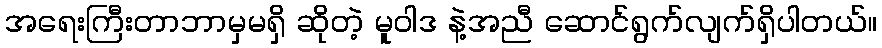
အရေးကြီးတာဘာမှမရှိ ဆိုတဲ့ မူဝါဒ နဲ့အညီ ဆောင်ရွက်လျက်ရှိပါတယ်။